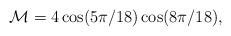
LaTeX: \begin{align*}{\cal M} = 4 \cos(5\pi /18) \cos(8\pi /18) ,\end{align*}